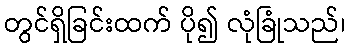
တွင်ရှိခြင်းထက် ပို၍ လုံခြုံသည်၊